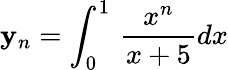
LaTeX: \mathbf{y}_{n}=\int_{0}^{1}\, {\frac{{x^{n}}}{{x+5}}}dx